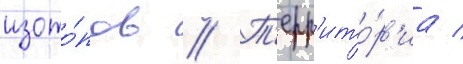
изото́пов // Т'ерр'ито́р'иа /